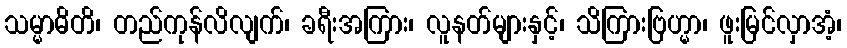
သမ္မာဓိတိ၊ တည်ကုန်လိလျက်၊ ခရီးအကြား၊ လူနတ်များနှင့်၊ သိကြားဗြဟ္မာ၊ ဖူးမြင်လှာအံ့၊